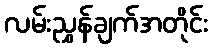
လမ်းညွှန်ချက်အတိုင်း